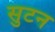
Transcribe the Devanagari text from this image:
सुटन